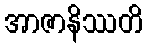
အာဇာနိဿတိ